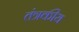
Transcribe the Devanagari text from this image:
तंत्रकीय